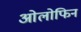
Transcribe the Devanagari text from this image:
ओलोफिन